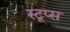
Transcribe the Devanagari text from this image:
स्टूप्स